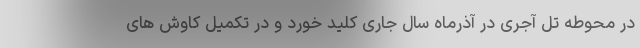
در محوطه تل آجری در آذرماه سال جاری کلید خورد و در تکمیل کاوش های